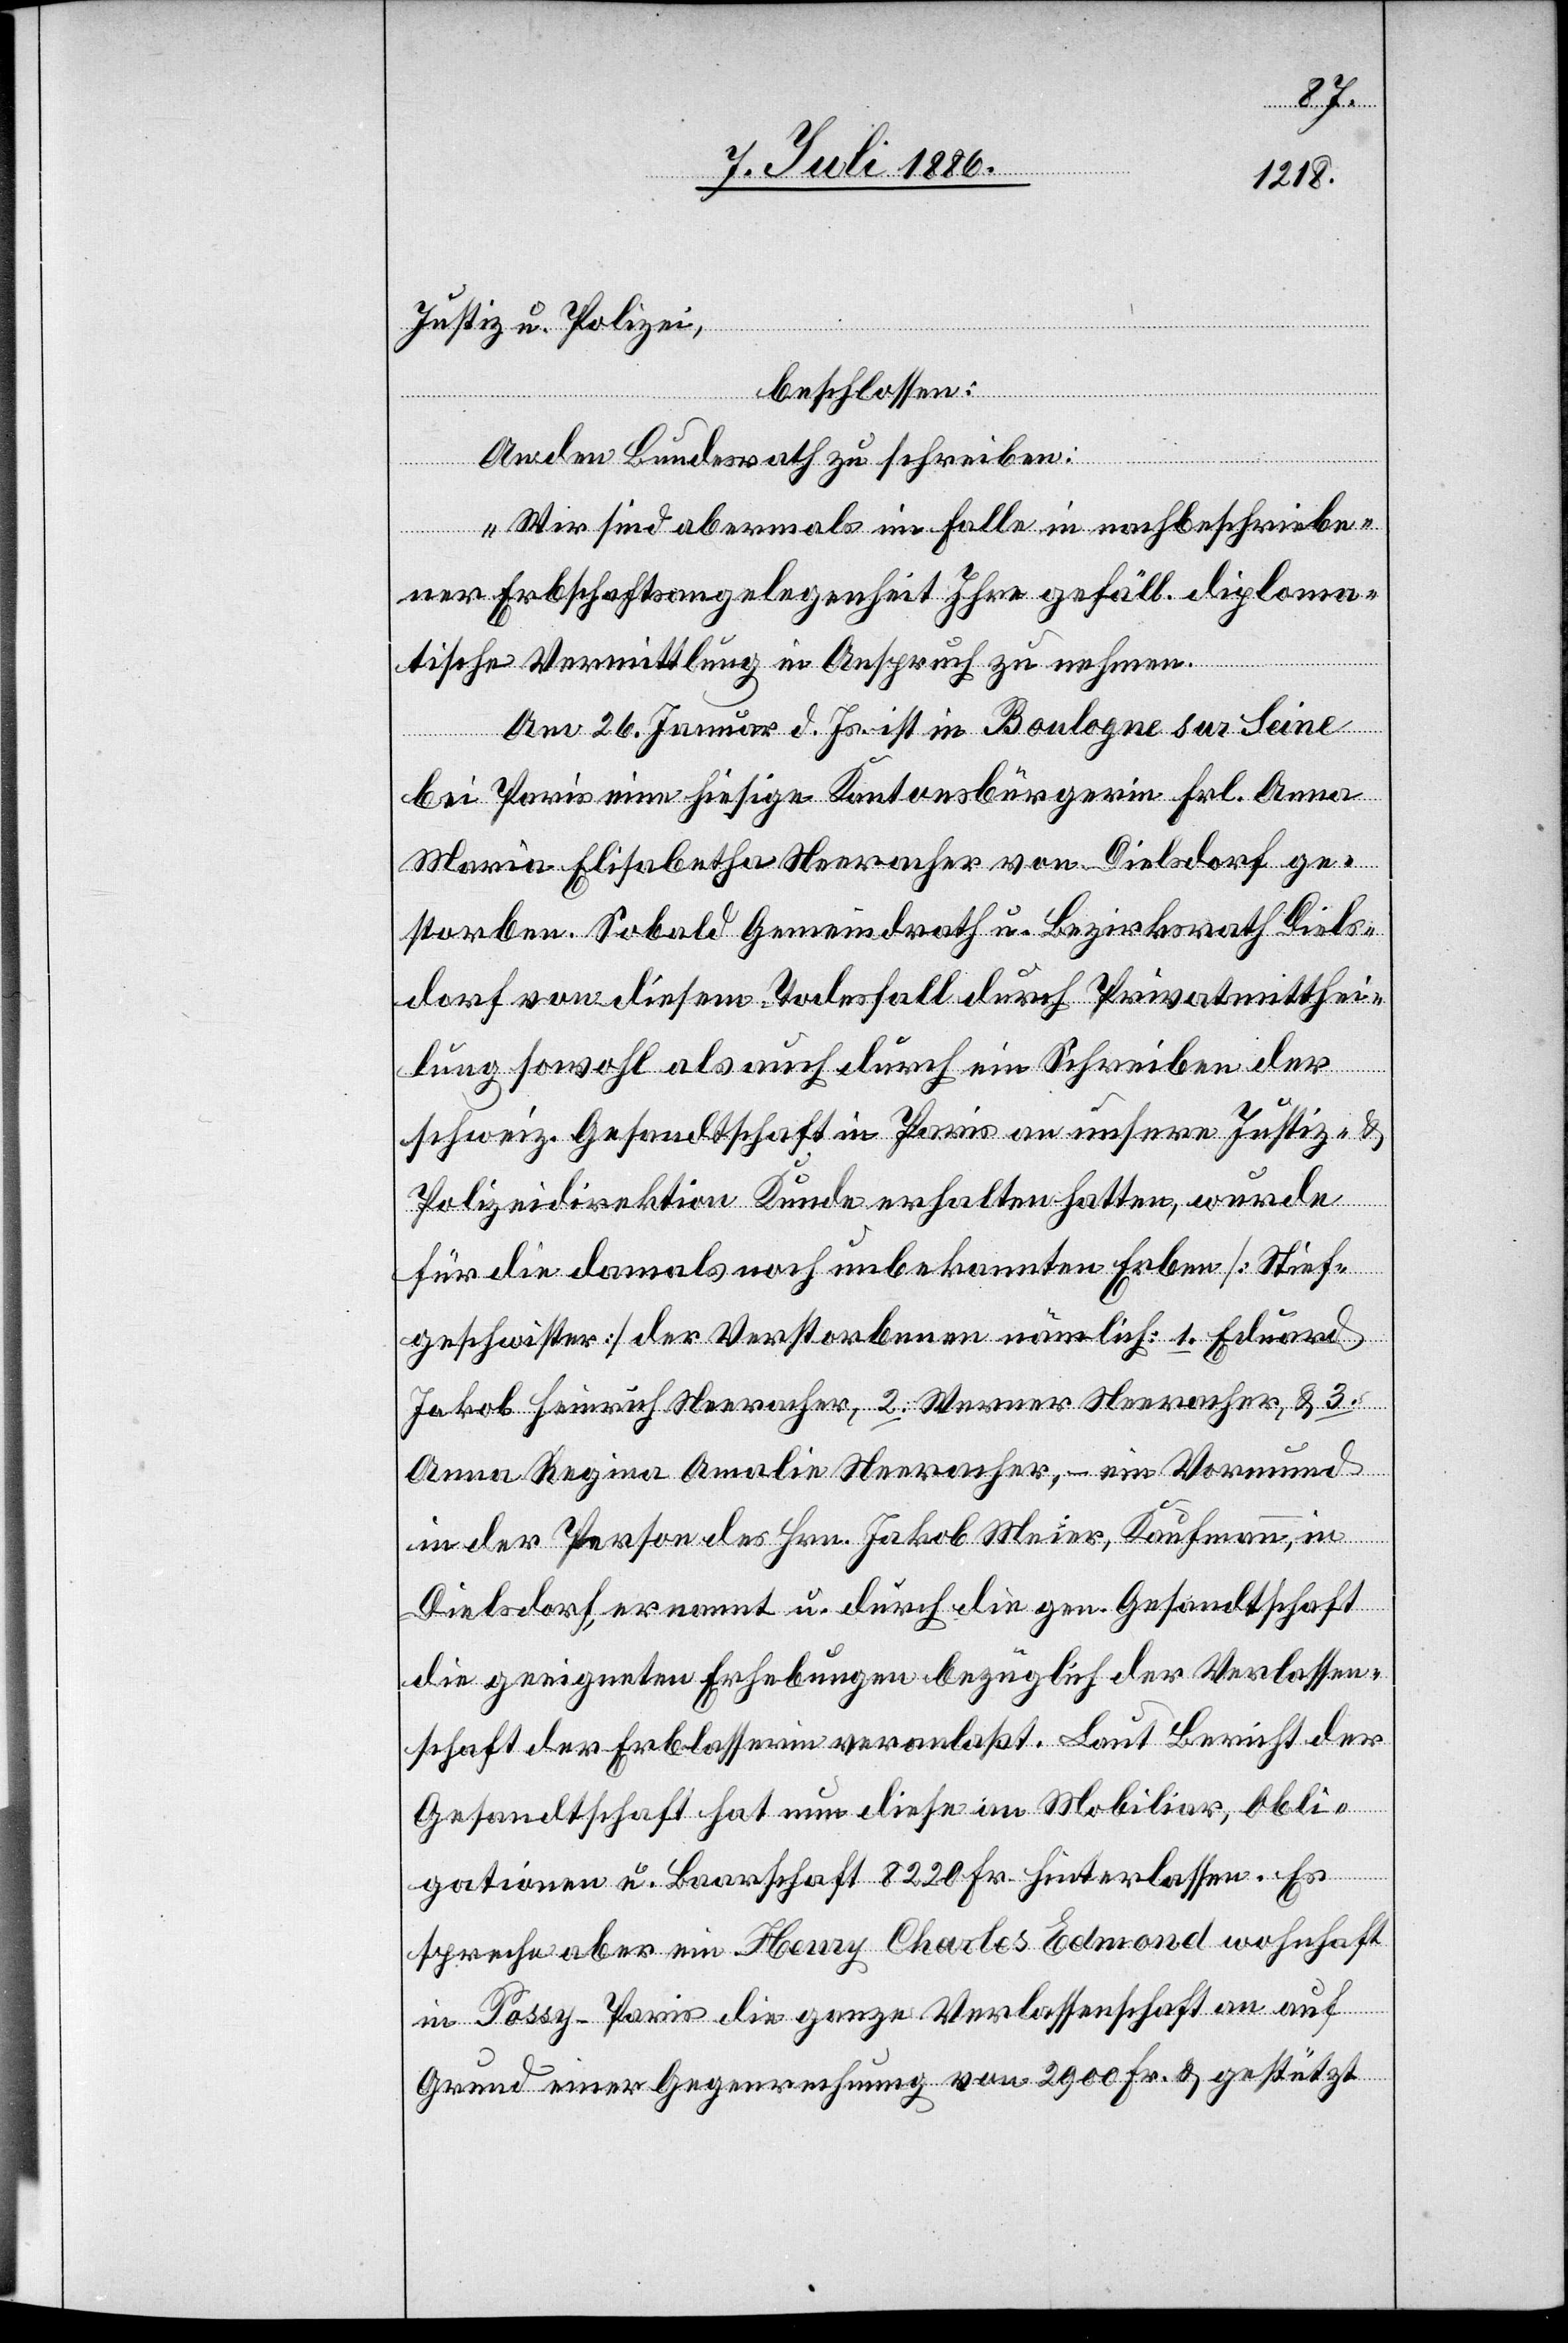
Justiz u. Polizei,
beschlossen:
An den Bundesrath zu schreiben:
„Wir sind abermals im Falle in nachbeschriebe¬
ner Erbschaftsangelegenheit Ihre gefäll. diploma¬
tische Vermittlung in Anspruch zu nehmen.
Am 26. Januar d. Js. ist in Boulogne sur Seine
bei Paris eine hiesige Kantonsbürgerin Frl. Anna
Maria Elisabetha Neeracher von Dielsdorf ge¬
storben. Sobald Gemeindrath u. Bezirksrath Diels¬
dorf von diesem Todesfall durch Privatmitthei¬
lung sowohl als auch durch ein Schreiben der
schweiz. Gesandtschaft in Paris an unsere Justiz- &
Polizeidirektion Kunde erhalten hatten, wurde
für die damals noch unbekannten Erben [Stief¬
geschwister] der Verstorbenen nämlich: 1. Eduard
Jakob Heinrich Neeracher, 2. Werner Neeracher, & 3.
Anna Regina Amalie Neeracher, – ein Vormund
in der Person des Hrn. Jakob Meier, Kaufmann, in
Dielsdorf, ernannt u. durch die gen. Gesandtschaft
die geeigneten Erhebungen bezüglich der Verlassen¬
schaft der Erblasserin veranlaßt. Laut Bericht der
Gesandtschaft hat nun diese an Mobiliar, Obli¬
gationen u. Baarschaft 8220 Fr. hinterlassen. Es
spreche aber ein Henry Charles Edmond wohnhaft
in Po[i]ssy - Paris die ganze Verlassenschaft an auf
Grund einer Gegenrechnung von 2900 Fr. & gestützt